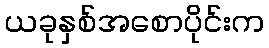
ယခုနှစ်အစောပိုင်းက